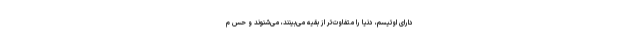
دارای اوتیسم، دنیا را متفاوت‌تر از بقیه می‌بینند، می‌شنوند و حس م